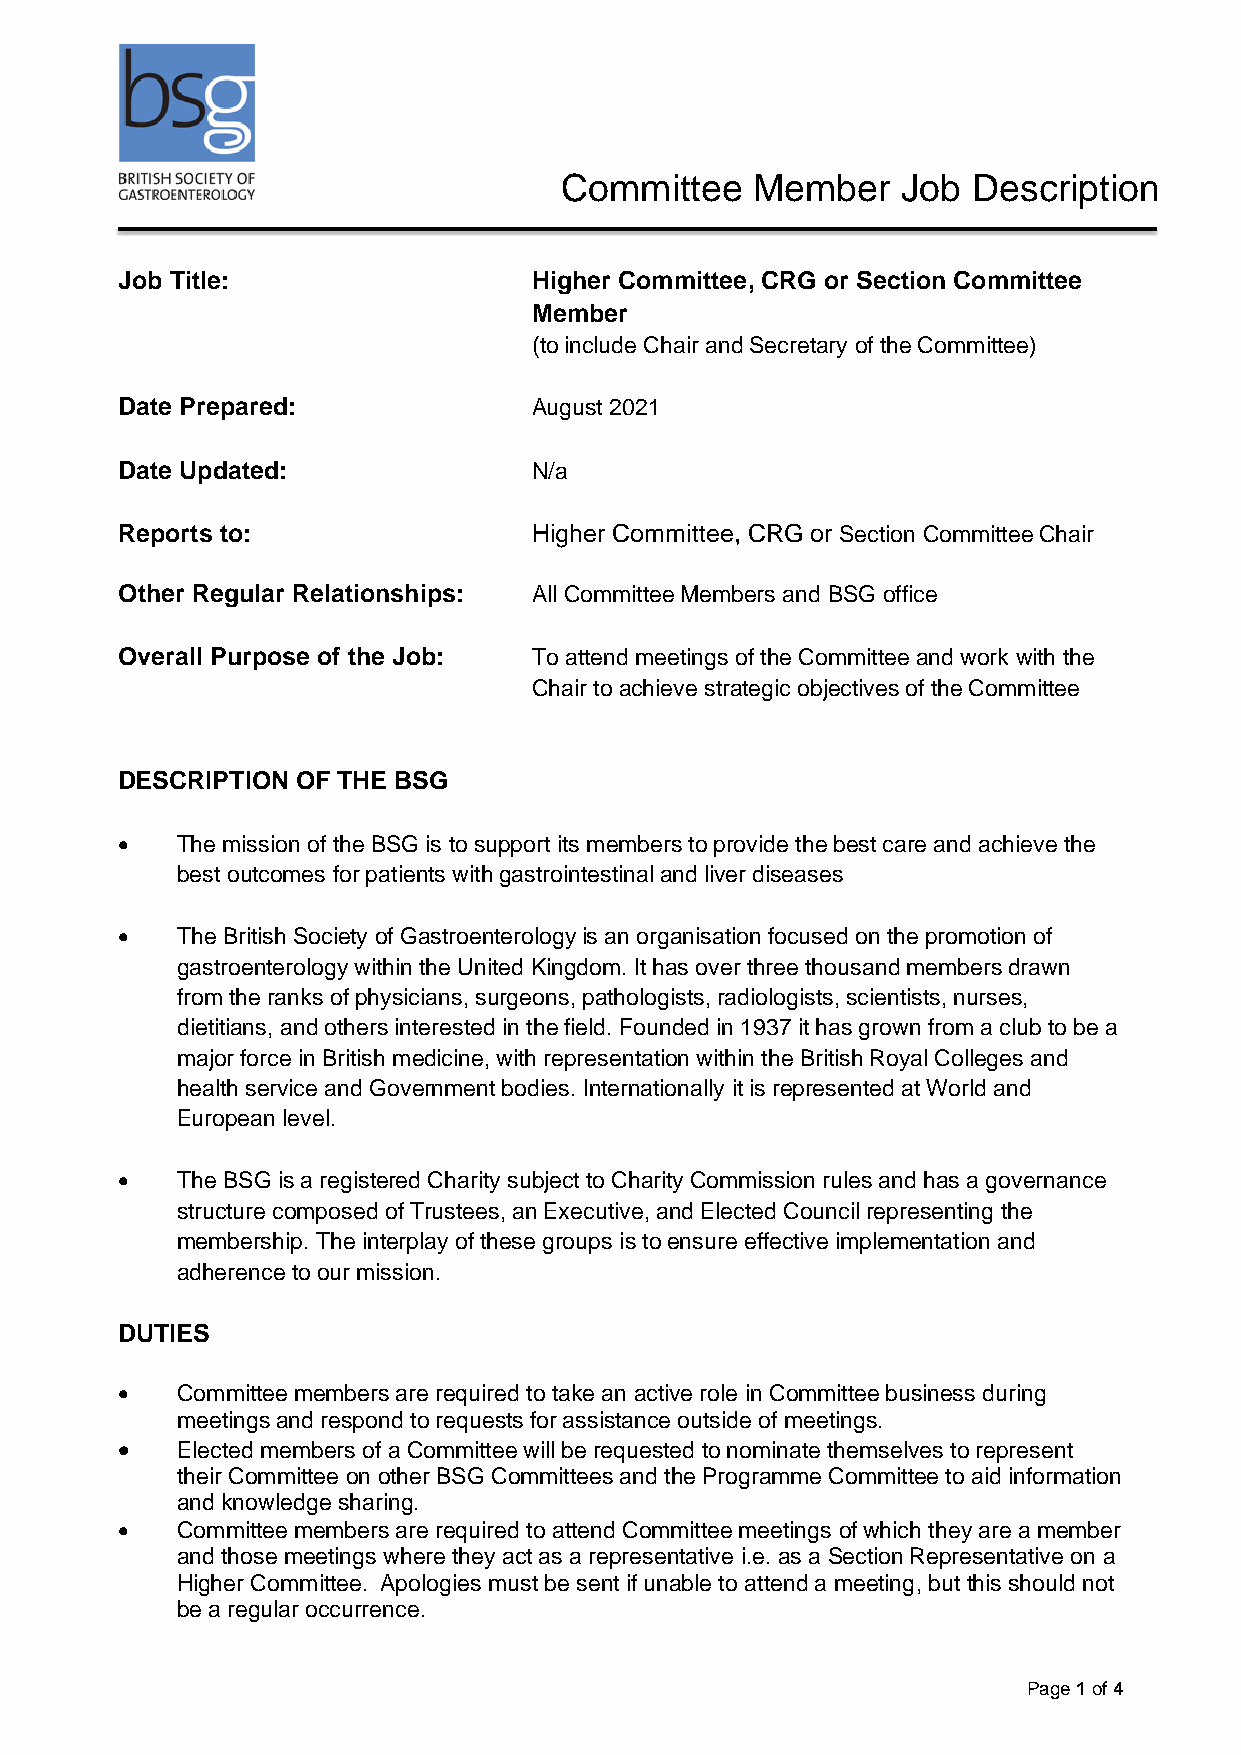
Committee    Member    Job Description
 Job Title:                 Higher Committee, CRG or Section Committee
 Member
 (to include Chair and Secretary of the Committee)
 Date Prepared:             August 2021
 Date Updated:              N/a
 Reports to:                Higher Committee, CRG or Section Committee Chair
 Other Regular Relationships: All Committee Members and BSG office
 Overall Purpose of the Job: To attend meetings of the Committee and work with the
 Chair to achieve strategic objectives of the Committee
 DESCRIPTION OF THE BSG
 •   The mission of the BSG is to support its members to provide the best care and achieve the
 best outcomes for patients with gastrointestinal and liver diseases
 •   The British Society of Gastroenterology is an organisation focused on the promotion of
 gastroenterology within the United Kingdom. It has over three thousand members drawn
 from the ranks of physicians, surgeons, pathologists, radiologists, scientists, nurses,
 dietitians, and others interested in the field. Founded in 1937 it has grown from a club to be a
 major force in British medicine, with representation within the British Royal Colleges and
 health service and Government bodies. Internationally it is represented at World and
 European level.
 •   The BSG is a registered Charity subject to Charity Commission rules and has a governance
 structure composed of Trustees, an Executive, and Elected Council representing the
 membership. The interplay of these groups is to ensure effective implementation and
 adherence to our mission.
 DUTIES
 •   Committee members are required to take an active role in Committee business during
 meetings and respond to requests for assistance outside of meetings.
 •   Elected members of a Committee will be requested to nominate themselves to represent
 their Committee on other BSG Committees and the Programme Committee to aid information
 and knowledge sharing.
 •   Committee members are required to attend Committee meetings of which they are a member
 and those meetings where they act as a representative i.e. as a Section Representative on a
 Higher Committee. Apologies must be sent if unable to attend a meeting, but this should not
 be a regular occurrence.
 Page 1 of 4